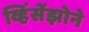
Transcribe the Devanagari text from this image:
व्हिंसेंझोने